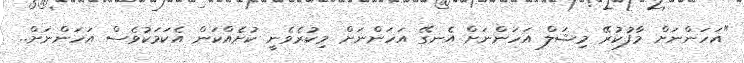
"އަހަންނަށް މާފުކުރޭ މިޝަލް އަހަންނަށް އެނގޭ އަހަންނަށް މިކުރެވެނީ ކުށެއްކަން އެކަމަކުވެސް އަހަންނަށް..